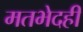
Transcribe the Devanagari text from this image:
मतभेदही